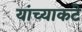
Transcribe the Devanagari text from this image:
यांच्याकटे